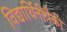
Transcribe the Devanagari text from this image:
विद्यार्थिनींपैकी